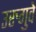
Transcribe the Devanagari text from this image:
उरुगुवे